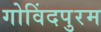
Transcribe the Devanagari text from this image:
गोविंदपुरम